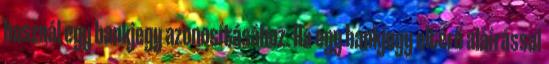
használ egy bankjegy azonosításához. Ha egy bankjegy eltérő aláírással